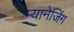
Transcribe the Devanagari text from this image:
म्यानेजिंग